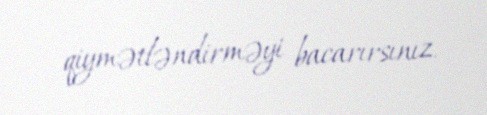
qiymətləndirməyi bacarırsınız.